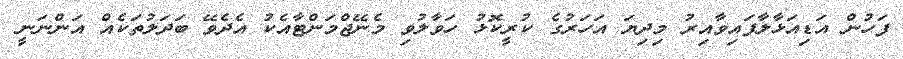
ފަހުން އަޑިއަޅާލާފައިވާއިރު މިދިޔަ އަހަރުގެ ކުރީކޮޅު ހަވާލުވި މެނޭޖްމަންޓާއެކު އެދެވޭ ބަދަލުތަކެއް އަންނަނީ